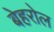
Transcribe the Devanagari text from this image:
बेहरोल